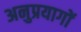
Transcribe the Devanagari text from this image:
अनुप्रयागों